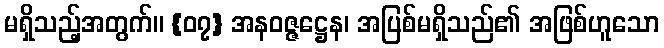
မရှိသည့်အတွက်။ {၀၇} အနဝဇ္ဇဋ္ဌေန၊ အပြစ်မရှိသည်၏ အဖြစ်ဟူသော